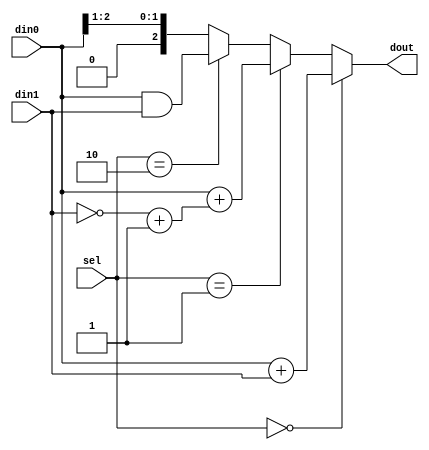
module hw_assign(
    input [2:0] din0,
    input [2:0] din1,
    input [1:0] sel,

    output [2:0] dout
);

assign dout = (sel == 2'h0) ? din0 + din1
                : (sel == 2'h1) ? (din0 + ((~din1) + 1'h1))
                : (sel == 2'h2) ? din0 & din1
                : {1'b0, din0[2:1]};

endmodule